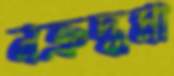
নত্রুদ্ধমা